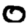
Digit: 0